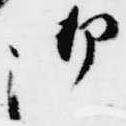
御